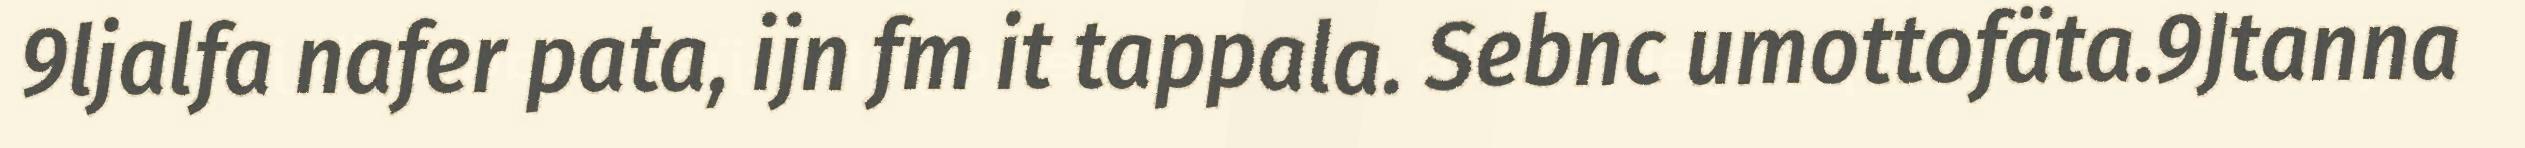
9ljalfa nafer pata, ijn fm it tappala. Sebnc umottofäta.9Jtanna